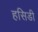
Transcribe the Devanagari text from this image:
हसिडी